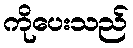
ကိုပေးသည်